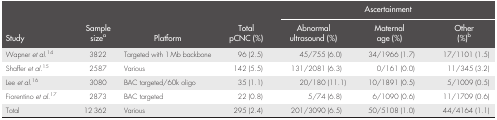
| <ROWSPAN=2> Study | <ROWSPAN=2> Sample sizea | <ROWSPAN=2> Platform | <ROWSPAN=2> Total pCNC (%) | <COLSPAN=3> Ascertainment |
 | Abnormal ultrasound (%) | Maternal age (%) | Other (%)b |
 | --- | --- | --- | --- | --- | --- | --- |
 | Wapner et al.14 | 3822 | Targeted with 1 Mb backbone | 96 (2.5) | 45/755 (6.0) | 34/1966 (1.7) | 17/1101 (1.5) |
 | Shaffer et al.15 | 2587 | Various | 142 (5.5) | 131/2081 (6.3) | 0/161 (0.0) | 11/345 (3.2) |
 | Lee et al.16 | 3080 | BAC targeted/60k oligo | 35 (1.1) | 20/180 (11.1) | 10/1891 (0.5) | 5/1009 (0.5) |
 | Fiorentino et al.17 | 2873 | BAC targeted | 22 (0.8) | 5/74 (6.8) | 6/1090 (0.6) | 11/1709 (0.6) |
 | Total | 12 362 | Various | 295 (2.4) | 201/3090 (6.5) | 50/5108 (1.0) | 44/4164 (1.1) |